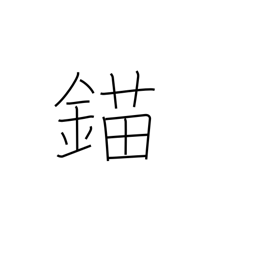
Meaning: anchor